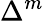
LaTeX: \Delta^{m}